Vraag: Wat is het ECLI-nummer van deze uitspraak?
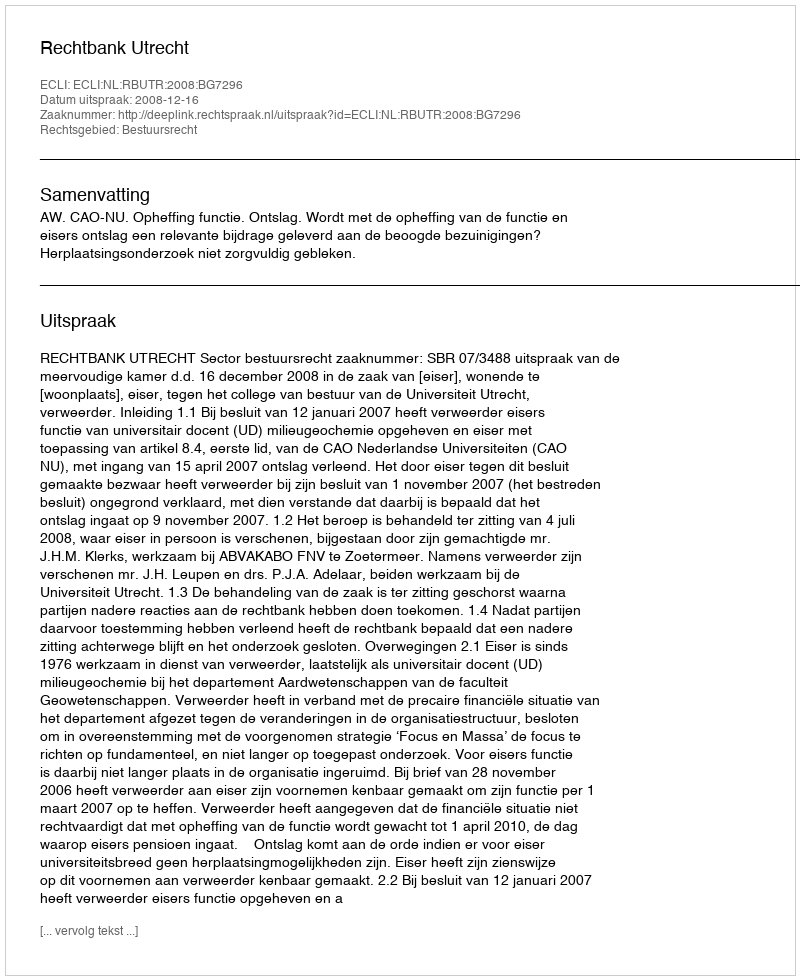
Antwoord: ECLI:NL:RBUTR:2008:BG7296